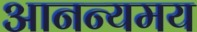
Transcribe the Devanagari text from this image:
आनन्यमय